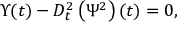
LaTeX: \Upsilon ( t ) - D _ { t } ^ { 2 } \left( \Psi ^ { 2 } \right) ( t ) = 0 ,